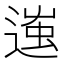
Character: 𨔢